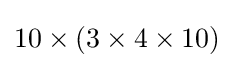
10\times (3\times 4\times 10)